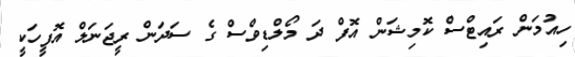
ހިއުމަން ރައިޓްސް ކޮމިޝަން އޮފް ދަ މޯލްޑިވްސް ގެ ސަދަން ރީޖަނަލް އޮފީހަކީ